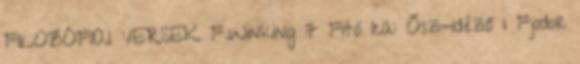
FILOZÓFIAI VERSEK F.Winking 7 Fitó Ica: Ősz-idéző 1 Fjodor